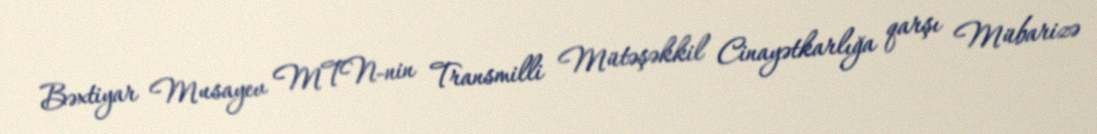
Bəxtiyar Musayev MTN-nin Transmilli Mütəşəkkil Cinayətkarlığa qarşı Mübarizə